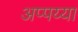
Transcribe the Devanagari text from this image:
अप्पय्या